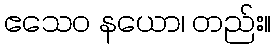
ဧသေဝ နယော၊ တည်း။